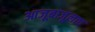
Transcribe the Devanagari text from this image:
आजूबाजूलाच